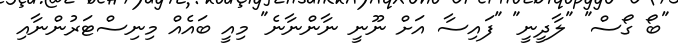
"ބޯ ގޯސް" "ލާދީނީ" "ފައިސާ އަށް ނޫނީ ނާންނާނެ" މިއީ ބައެއް މިނިސްޓަރުންނާއި